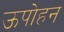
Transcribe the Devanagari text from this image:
ऊपोहन